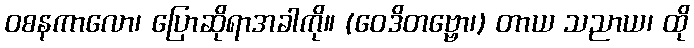
ဝစနကာလော၊ ပြောဆိုရာအခါကို။ (ဝေဒိတဗ္ဗော၊) တာယ သညာယ၊ ထို